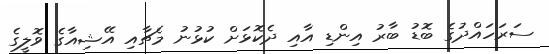
ސަރަހައްދުގެ ބޮޑު ބާރު އިންޑި އާއި ދެކޮޅަށް ކުޅުނު މެޗާއި އޭޝިއާގެ ވޮލީގެ